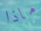
ماذا